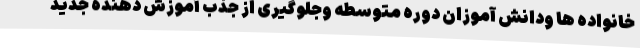
خانواده ها ودانش آموزان دوره متوسطه وجلوگیری از جذب آموزش دهنده جدید